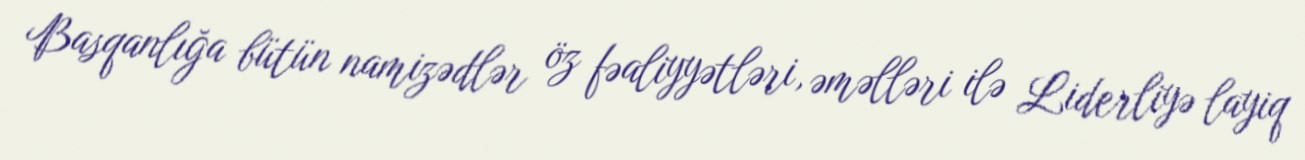
Basqanlığa bütün namizədlər öz fəaliyyətləri, əməlləri ilə Liderliyə layiq